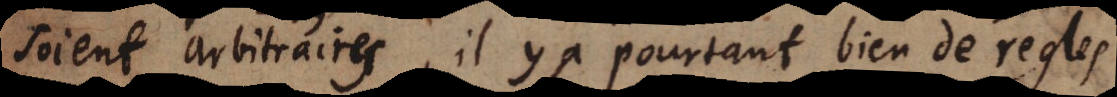
soient arbitraires; il y a pourtant bien de regles